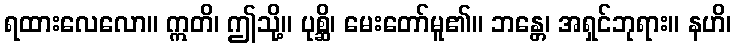
ရထားလေလော။ ဣတိ၊ ဤသို့။ ပုစ္ဆိ၊ မေးတော်မူ၏။ ဘန္တေ၊ အရှင်ဘုရား။ နဟိ၊